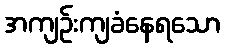
အကျဉ်းကျခံနေရသော